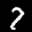
Label: 7